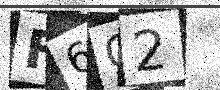
Text: F6Q2